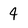
Character: 4